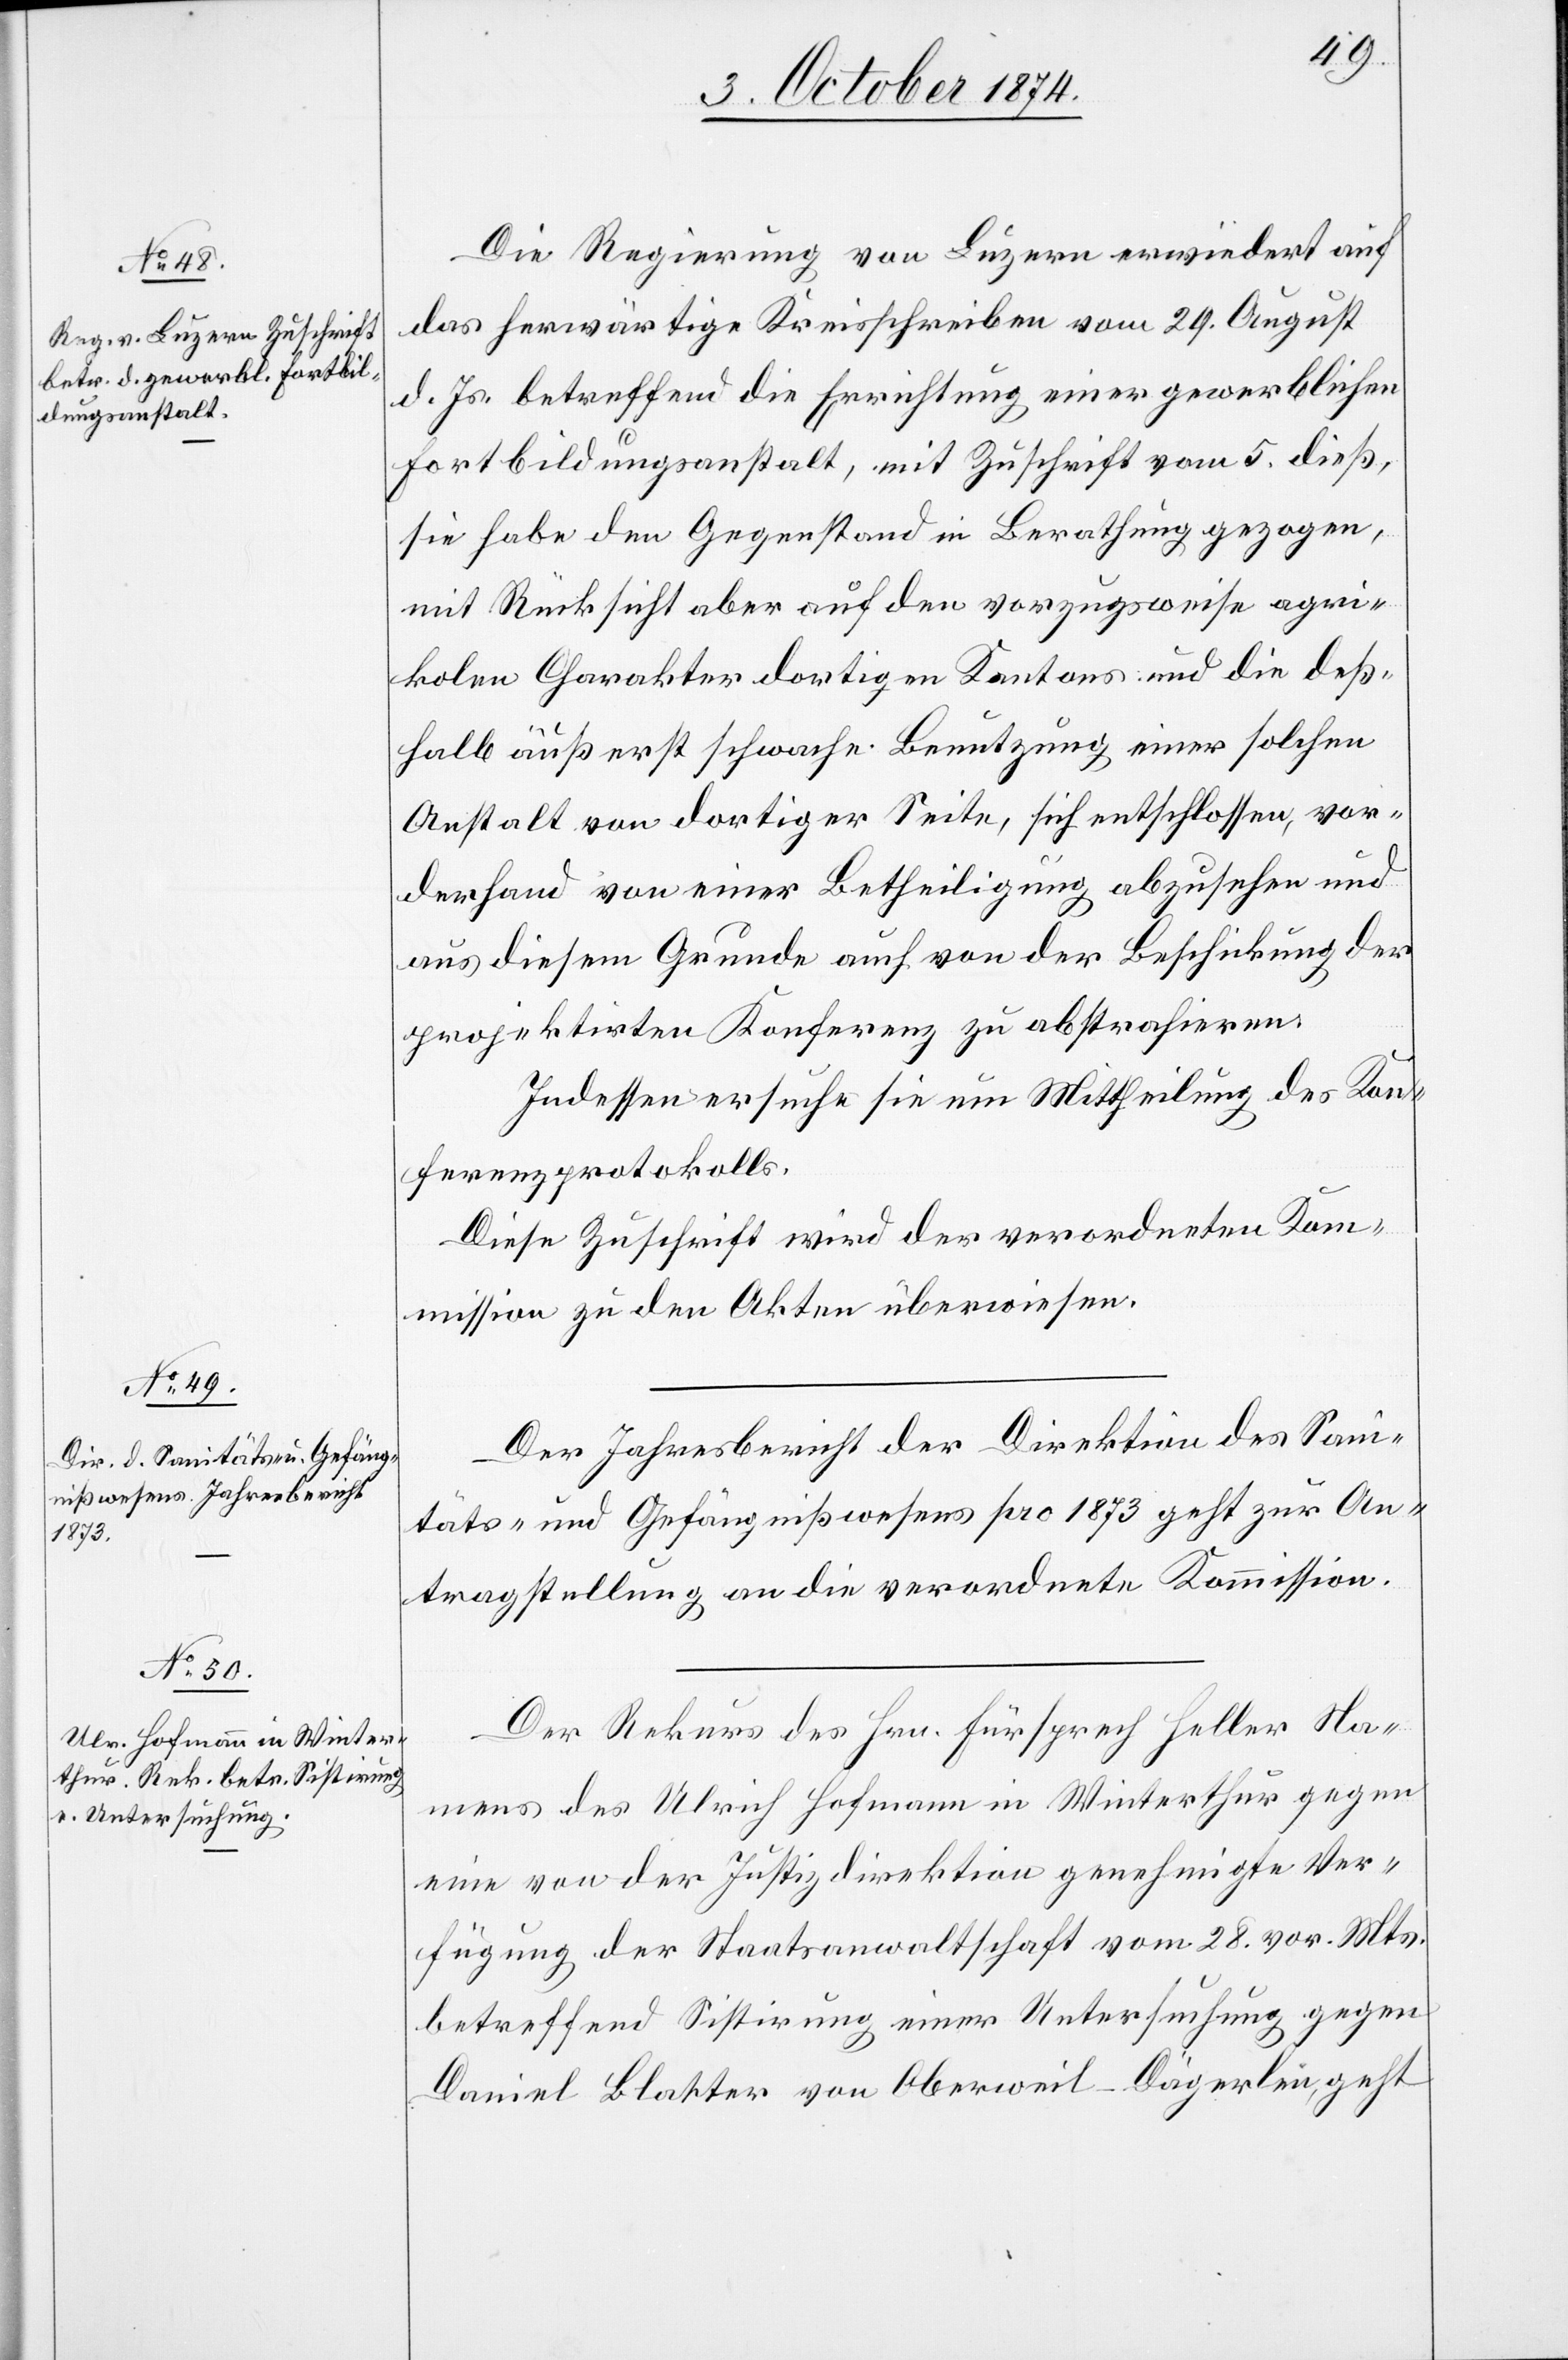
9. October 1874.]
Die Regierung von Luzern erwiedert auf
das herwärtige Kreisschreiben vom 29. August
d. Js. betreffend die Errichtung einer gewerblichen
Fortbildungsanstalt, mit Zuschrift vom 5. dieß,
sie habe den Gegenstand in Berathung gezogen,
mit Rücksicht aber auf den vorzugsweise agri¬
kolen Charakter dortigen Kantons und die deß¬
halb äußerst schwache Benutzung einer solchen
Anstalt von dortiger Seite, sich entschlossen, vor¬
derhand von einer Betheiligung abzusehen und
aus diesem Grunde auch von der Beschickung der
projektirten Konferenz zu abstrahieren.
Indessen ersuche sie um Mittheilung des Kon¬
ferenzprotokolls.
Der Jahresbericht der Direktion des Sani¬
täts- und Gefängnißwesens pro 1873 geht zur An¬
tragstellung an die verordnete Kommission.
Der Rekurs des Hrn. Fürsprech Heller Na¬
mens des Ulrich Hofmann in Winterthur gegen
eine von der Justizdirektion genehmigte Ver¬
fügung der Staatsanwaltschaft vom 28. vor. Mts.
betreffend Sistirung einer Untersuchung gegen
Daniel Blatter von Oberweil-Dägerlen, geht